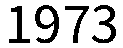
1973